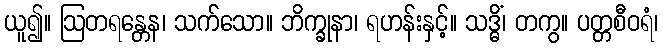
ယူ၍။ ဩတရန္တေန၊ သက်သော။ ဘိက္ခုနာ၊ ရဟန်းနှင့်။ သဒ္ဓိံ၊ တကွ။ ပတ္တစီဝရံ၊